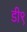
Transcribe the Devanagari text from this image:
डी९